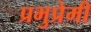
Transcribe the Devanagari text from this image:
प्रभुप्रेमी